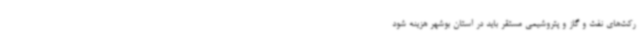
رکت‌های نفت و گاز و پتروشیمی مستقر باید در استان بوشهر هزینه شود